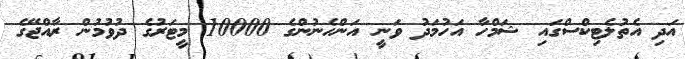
އަދި އެތުލެޓިކްސްގައި ޝަމްހާ އަހުމަދު ވަނީ އަންހެނުންގެ 10000 މީޓަރުގެ ދުވުމުން ރާއްޖޭގެ